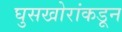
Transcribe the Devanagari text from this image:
घुसखोरांकडून